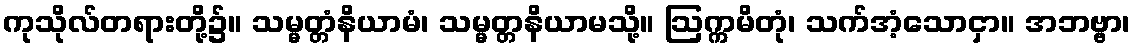
ကုသိုလ်တရားတို့၌။ သမ္မတ္တံနိယာမံ၊ သမ္မတ္တနိယာမသို့။ ဩက္ကမိတုံ၊ သက်အံ့သောငှာ။ အဘဗ္ဗာ၊